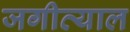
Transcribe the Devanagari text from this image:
जगीत्याल